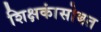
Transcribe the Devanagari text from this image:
शिक्षकांसोबत